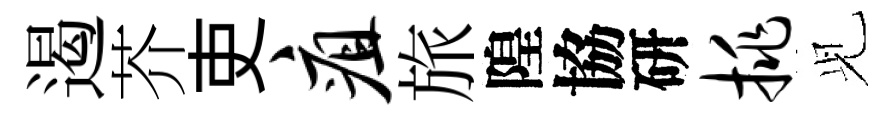
遏芥吏疽旅隍協研挑𫤗